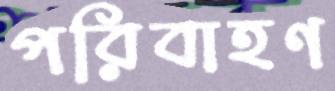
পরিবাহণ